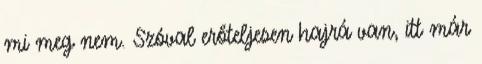
mi meg nem. Szóval erőteljesen hajrá van, itt már